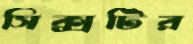
সিক্সটির